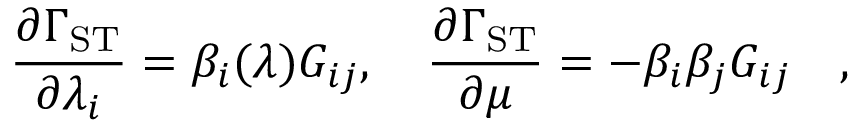
{ \frac { \partial \Gamma _ { \mathrm { S T } } } { \partial \lambda _ { i } } } = \beta _ { i } ( \lambda ) G _ { i j } , \quad { \frac { \partial \Gamma _ { \mathrm { S T } } } { \partial \mu } } = - \beta _ { i } \beta _ { j } G _ { i j } \quad ,